Vabadussoja_Ajaloo_Komitee, lk 52
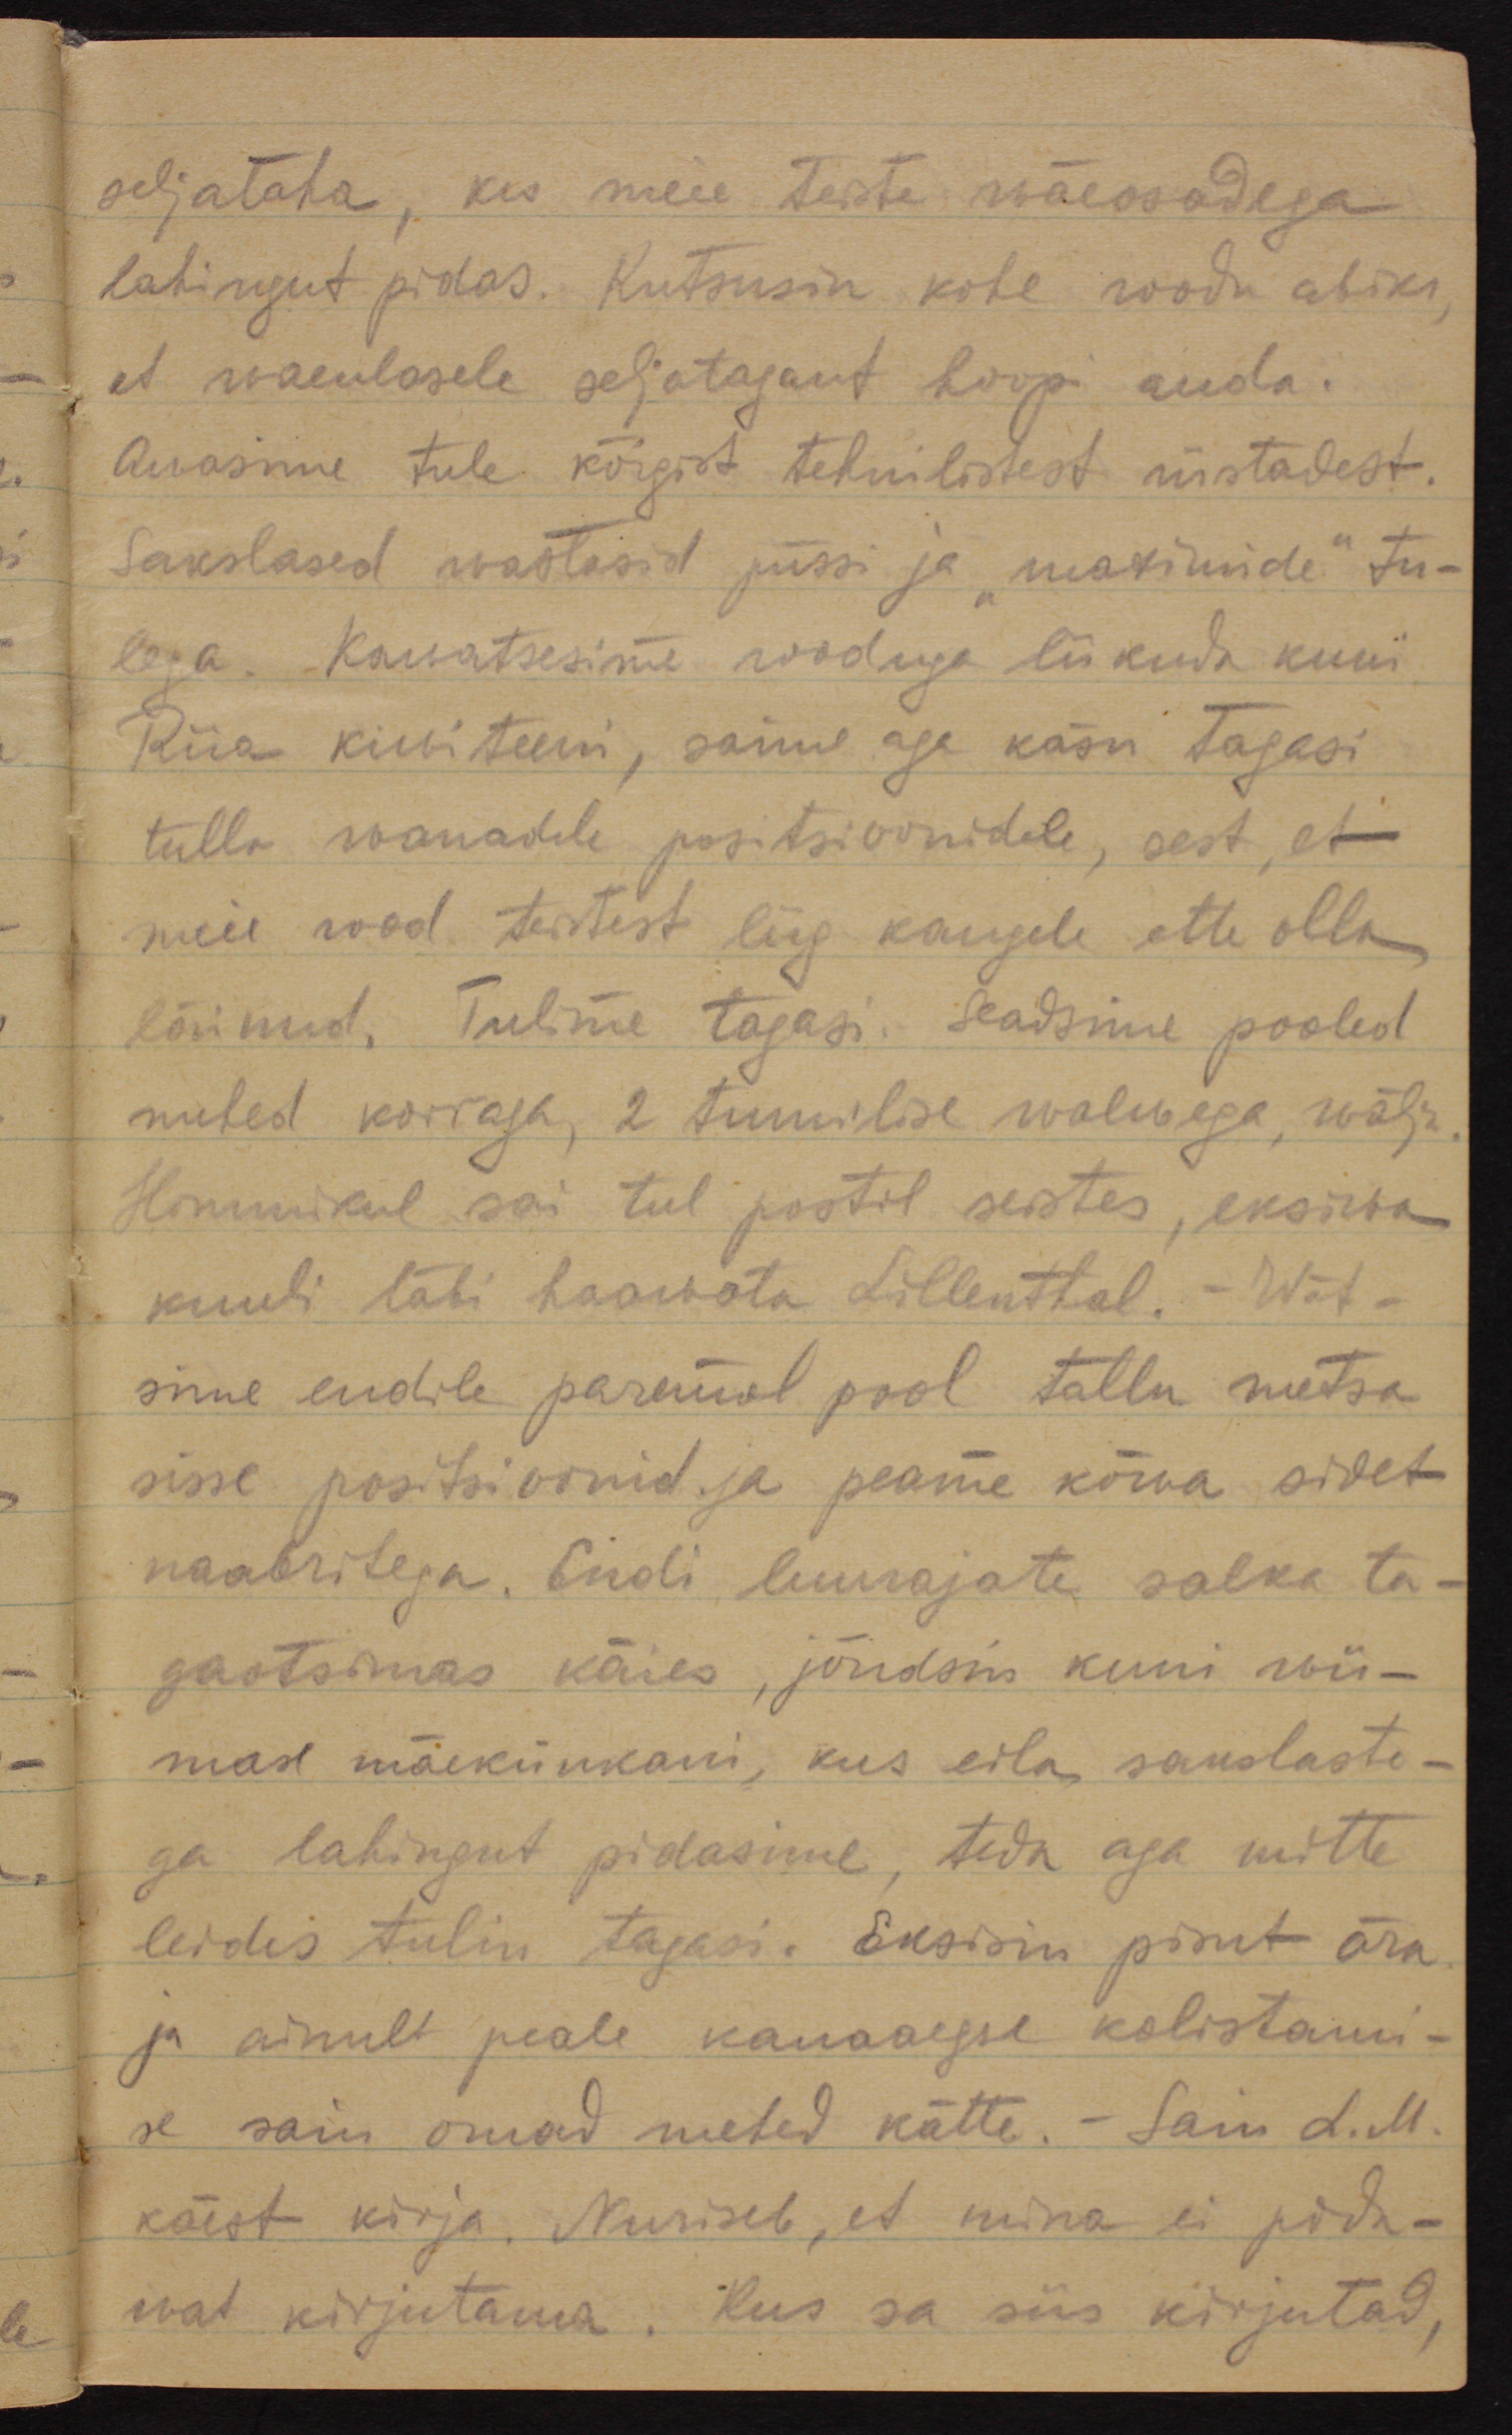
seljataha, kes meie teiste wäeosadega
lahingut pidas. Kutsusin kohe roodu abiks, 
et waenlasele seljatagant hoopi anda.
Awasime tule kõigist tehnilistest riistadest.
Sakslased wastasid püssi ja "maximide" tu-
lega. Kawatsesime rooduga liikuda kuni
Riia kiwiteeni, saime aga käsu tagasi
tulla wanadele positsioonidele, sest, et
meie rood teistest liig kaugele ette olla
läinud. Tulime tagasi, seadsime pooled
mehed korraga, 2 tunnilise walwega, wälja.
Hommikul sai teel postil seistes, eksiwa
kuuli läbi haavata Sillenthal. - Wõt-
sime endile paremal pool tallu metsa
sisse positsioonid ja peame kõwa sidet
naabritega. Endi luurajate salka ta-
gaotsimas käies, jõudsin kuni wii-
mase mäekünkani, kus eila sakslaste-
ga lahingut pidasime, teda aga mitte
leides tulime tagasi. Eksisin pisut ära
ja ainult peale kauaaegse kolistami-
se sain omad mehed kätte. - Sain L. M.
käest kirja. Nuriseb, et mine ei pida-
wat kirjutama. Kus sa siis kirjutad,